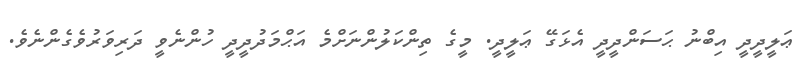
ޢަލީދީދީ އިބްނު ޙަސަންދީދީ އެޅަގޭ ޢަލީދީ. މީގެ ތިންކަލުންނަށްމެ އަޙްމަދުދީދީ ހުންނެވީ ދަރިވަރުވެގެންނެވެ.